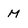
Character: M